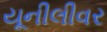
યૂનીલીવર